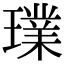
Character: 𤩶